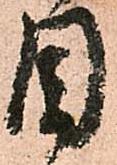
目